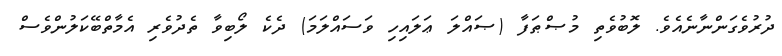
ދުރުވެގަންނާނެއެވެ. ލޮބުވެތި މުޞްޠަފާ (ޞައްލަ ޢަލައިހި ވަސައްލަމަ) ދެކެ ލޯބިވާ ތެދުވެރި އެމާތްބޭކަލުންވެސް